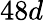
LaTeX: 48d